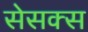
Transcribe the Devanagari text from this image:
सेसक्स